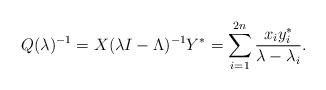
LaTeX: \begin{align*}Q(\lambda)^{-1}=X(\lambda I-\Lambda)^{-1}Y^{*}=\sum^{2n}_{i=1}\frac{x_{i}y^{*}_{i}}{\lambda-\lambda_{i}}. \end{align*}